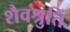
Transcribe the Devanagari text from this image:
शैवश्रुतिं